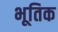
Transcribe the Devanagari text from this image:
भूतिक